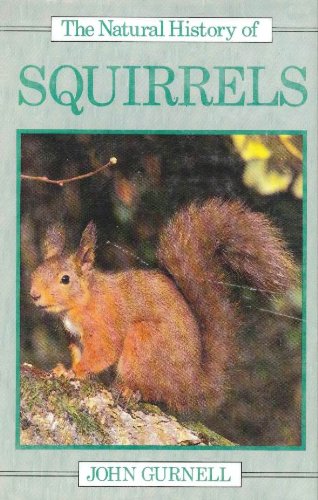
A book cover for The Natural History of Squirrels (Natural History Series); John Gurnell; Sports & Outdoors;